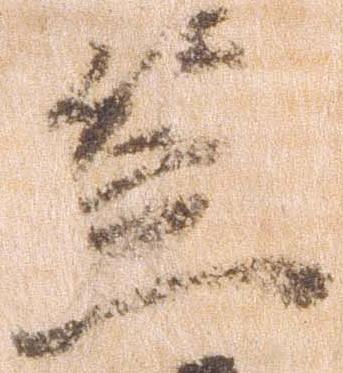
笠